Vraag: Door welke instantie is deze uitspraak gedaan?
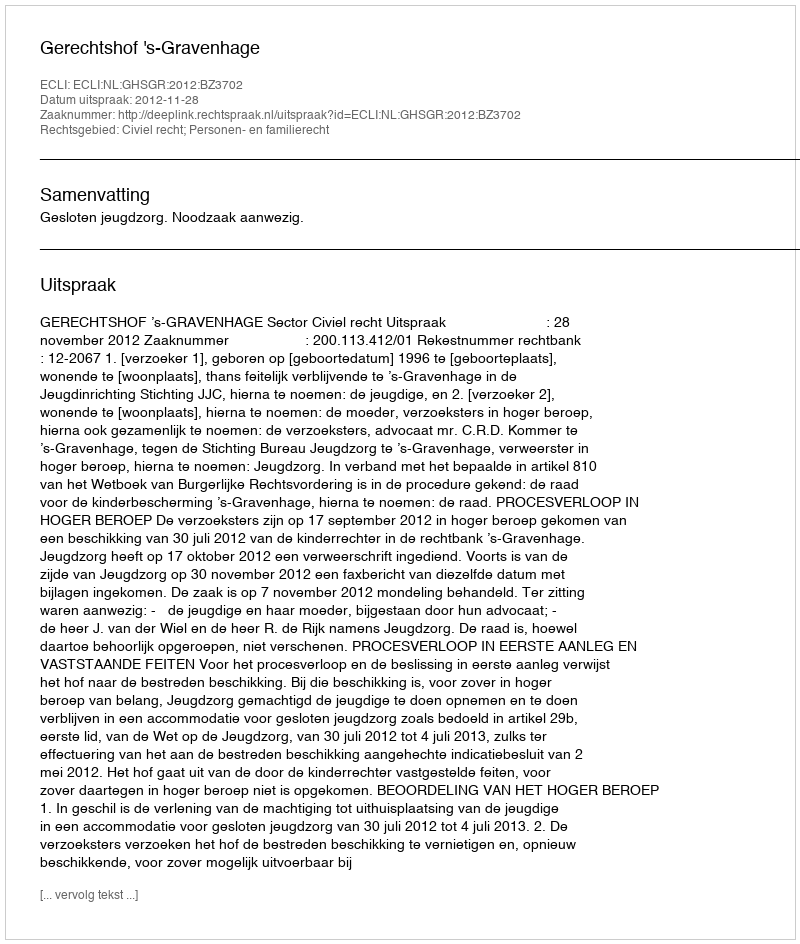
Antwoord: Gerechtshof 's-Gravenhage